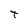
Character: t